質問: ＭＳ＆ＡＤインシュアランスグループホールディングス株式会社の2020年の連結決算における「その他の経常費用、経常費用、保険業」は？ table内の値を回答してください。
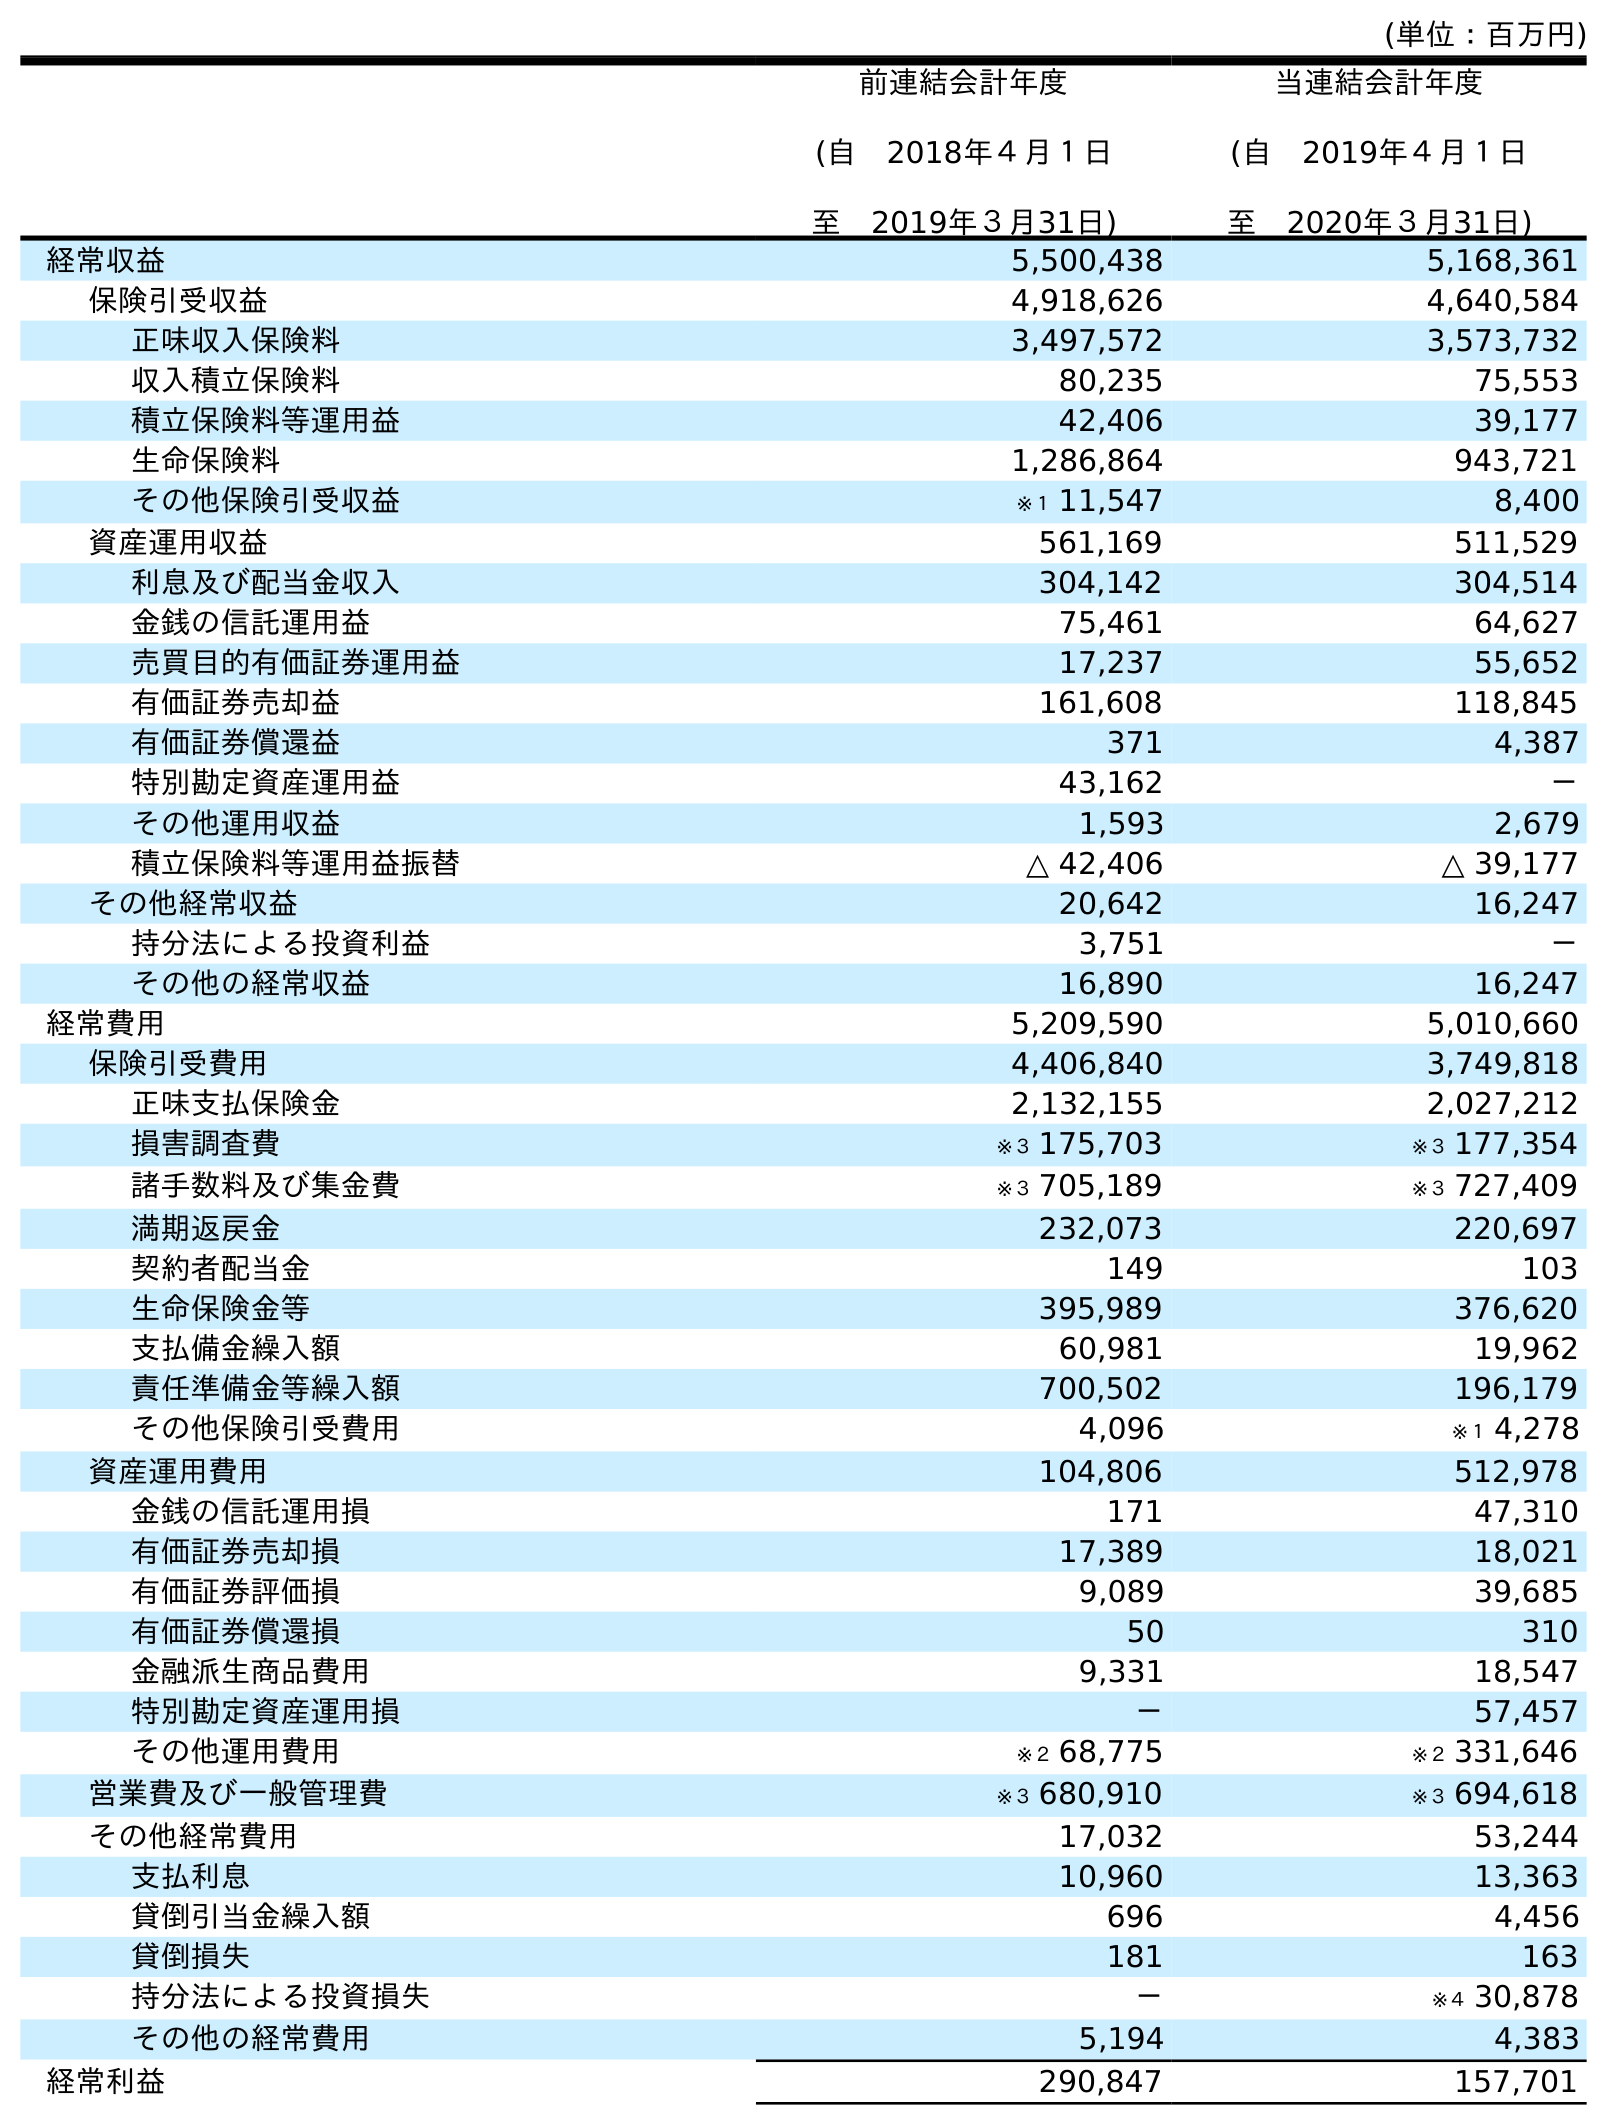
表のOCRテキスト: (単位：百万円) 前連結会計年度 (自 2018年４月１日 至 2019年３月31日) 当連結会計年度 (自 2019年４月１日 至 2020年３月31日) 経常収益 5,500,438 5,168,361 保険引受収益 4,918,626 4,640,584 正味収入保険料 3,497,572 3,573,732 収入積立保険料 80,235 75,553 積立保険料等運用益 42,406 39,177 生命保険料 1,286,864 943,721 その他保険引受収益 ※１ 11,547 8,400 資産運用収益 561,169 511,529 利息及び配当金収入 304,142 304,514 金銭の信託運用益 75,461 64,627 売買目的有価証券運用益 17,237 55,652 有価証券売却益 161,608 118,845 有価証券償還益 371 4,387 特別勘定資産運用益 43,162 － その他運用収益 1,593 2,679 積立保険料等運用益振替 △ 42,406 △ 39,177 その他経常収益 20,642 16,247 持分法による投資利益 3,751 － その他の経常収益 16,890 16,247 経常費用 5,209,590 5,010,660 保険引受費用 4,406,840 3,749,818 正味支払保険金 2,132,155 2,027,212 損害調査費 ※３ 175,703 ※３ 177,354 諸手数料及び集金費 ※３ 705,189 ※３ 727,409 満期返戻金 232,073 220,697 契約者配当金 149 103 生命保険金等 395,989 376,620 支払備金繰入額 60,981 19,962 責任準備金等繰入額 700,502 196,179 その他保険引受費用 4,096 ※１ 4,278 資産運用費用 104,806 512,978 金銭の信託運用損 171 47,310 有価証券売却損 17,389 18,021 有価証券評価損 9,089 39,685 有価証券償還損 50 310 金融派生商品費用 9,331 18,547 特別勘定資産運用損 － 57,457 その他運用費用 ※２ 68,775 ※２ 331,646 営業費及び一般管理費 ※３ 680,910 ※３ 694,618 その他経常費用 17,032 53,244 支払利息 10,960 13,363 貸倒引当金繰入額 696 4,456 貸倒損失 181 163 持分法による投資損失 － ※４ 30,878 その他の経常費用 5,194 4,383 経常利益 290,847 157,701
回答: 4,383